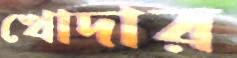
খোদার